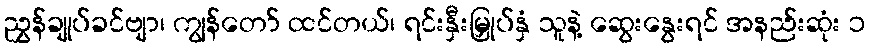
ညွှန်ချုပ်ခင်ဗျာ၊ ကျွန်တော် ထင်တယ်၊ ရင်းနှီးမြှုပ်နှံ သူနဲ့ ဆွေးနွေးရင် အနည်းဆုံး ၁